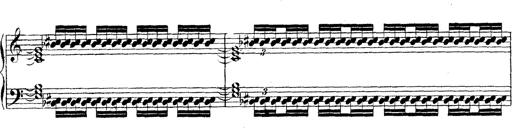
Title: Technische Studien
Composer: Franz Liszt